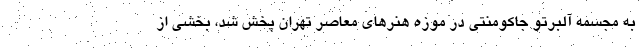
به مجسمه آلبرتو جاکومنتی در موزه هنرهای معاصر تهران پخش شد، بخشی از